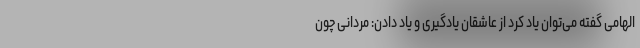
الهامی گفته می‌توان یاد کرد از عاشقان یادگیری و یاد دادن: مردانی چون